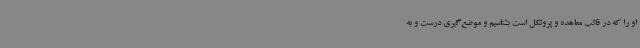
او را که در قالب معاهده و پروتکل است بشناسیم و موضع‌گیری درست و به